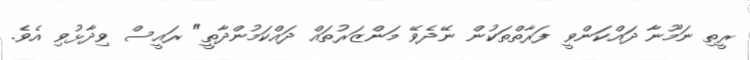
ރީތި ނަމޫނާ ދައްކަންވީ ފަރާތްތަކުން ނޭދެވޭ މަންޒަރުތައް ދައްކަމުންދާތީ" ރައީސް ވިދާޅުވި އެވެ.